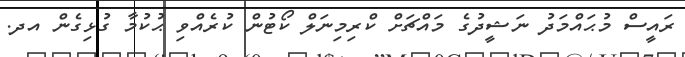
ރައީސް މުޙައްމަދު ނަޝީދުގެ މައްޗަށް ކްރިމިނަލް ކޯޓުން ކުރެއްވި ޙުކުމާ ގުޅިގެން އދ.